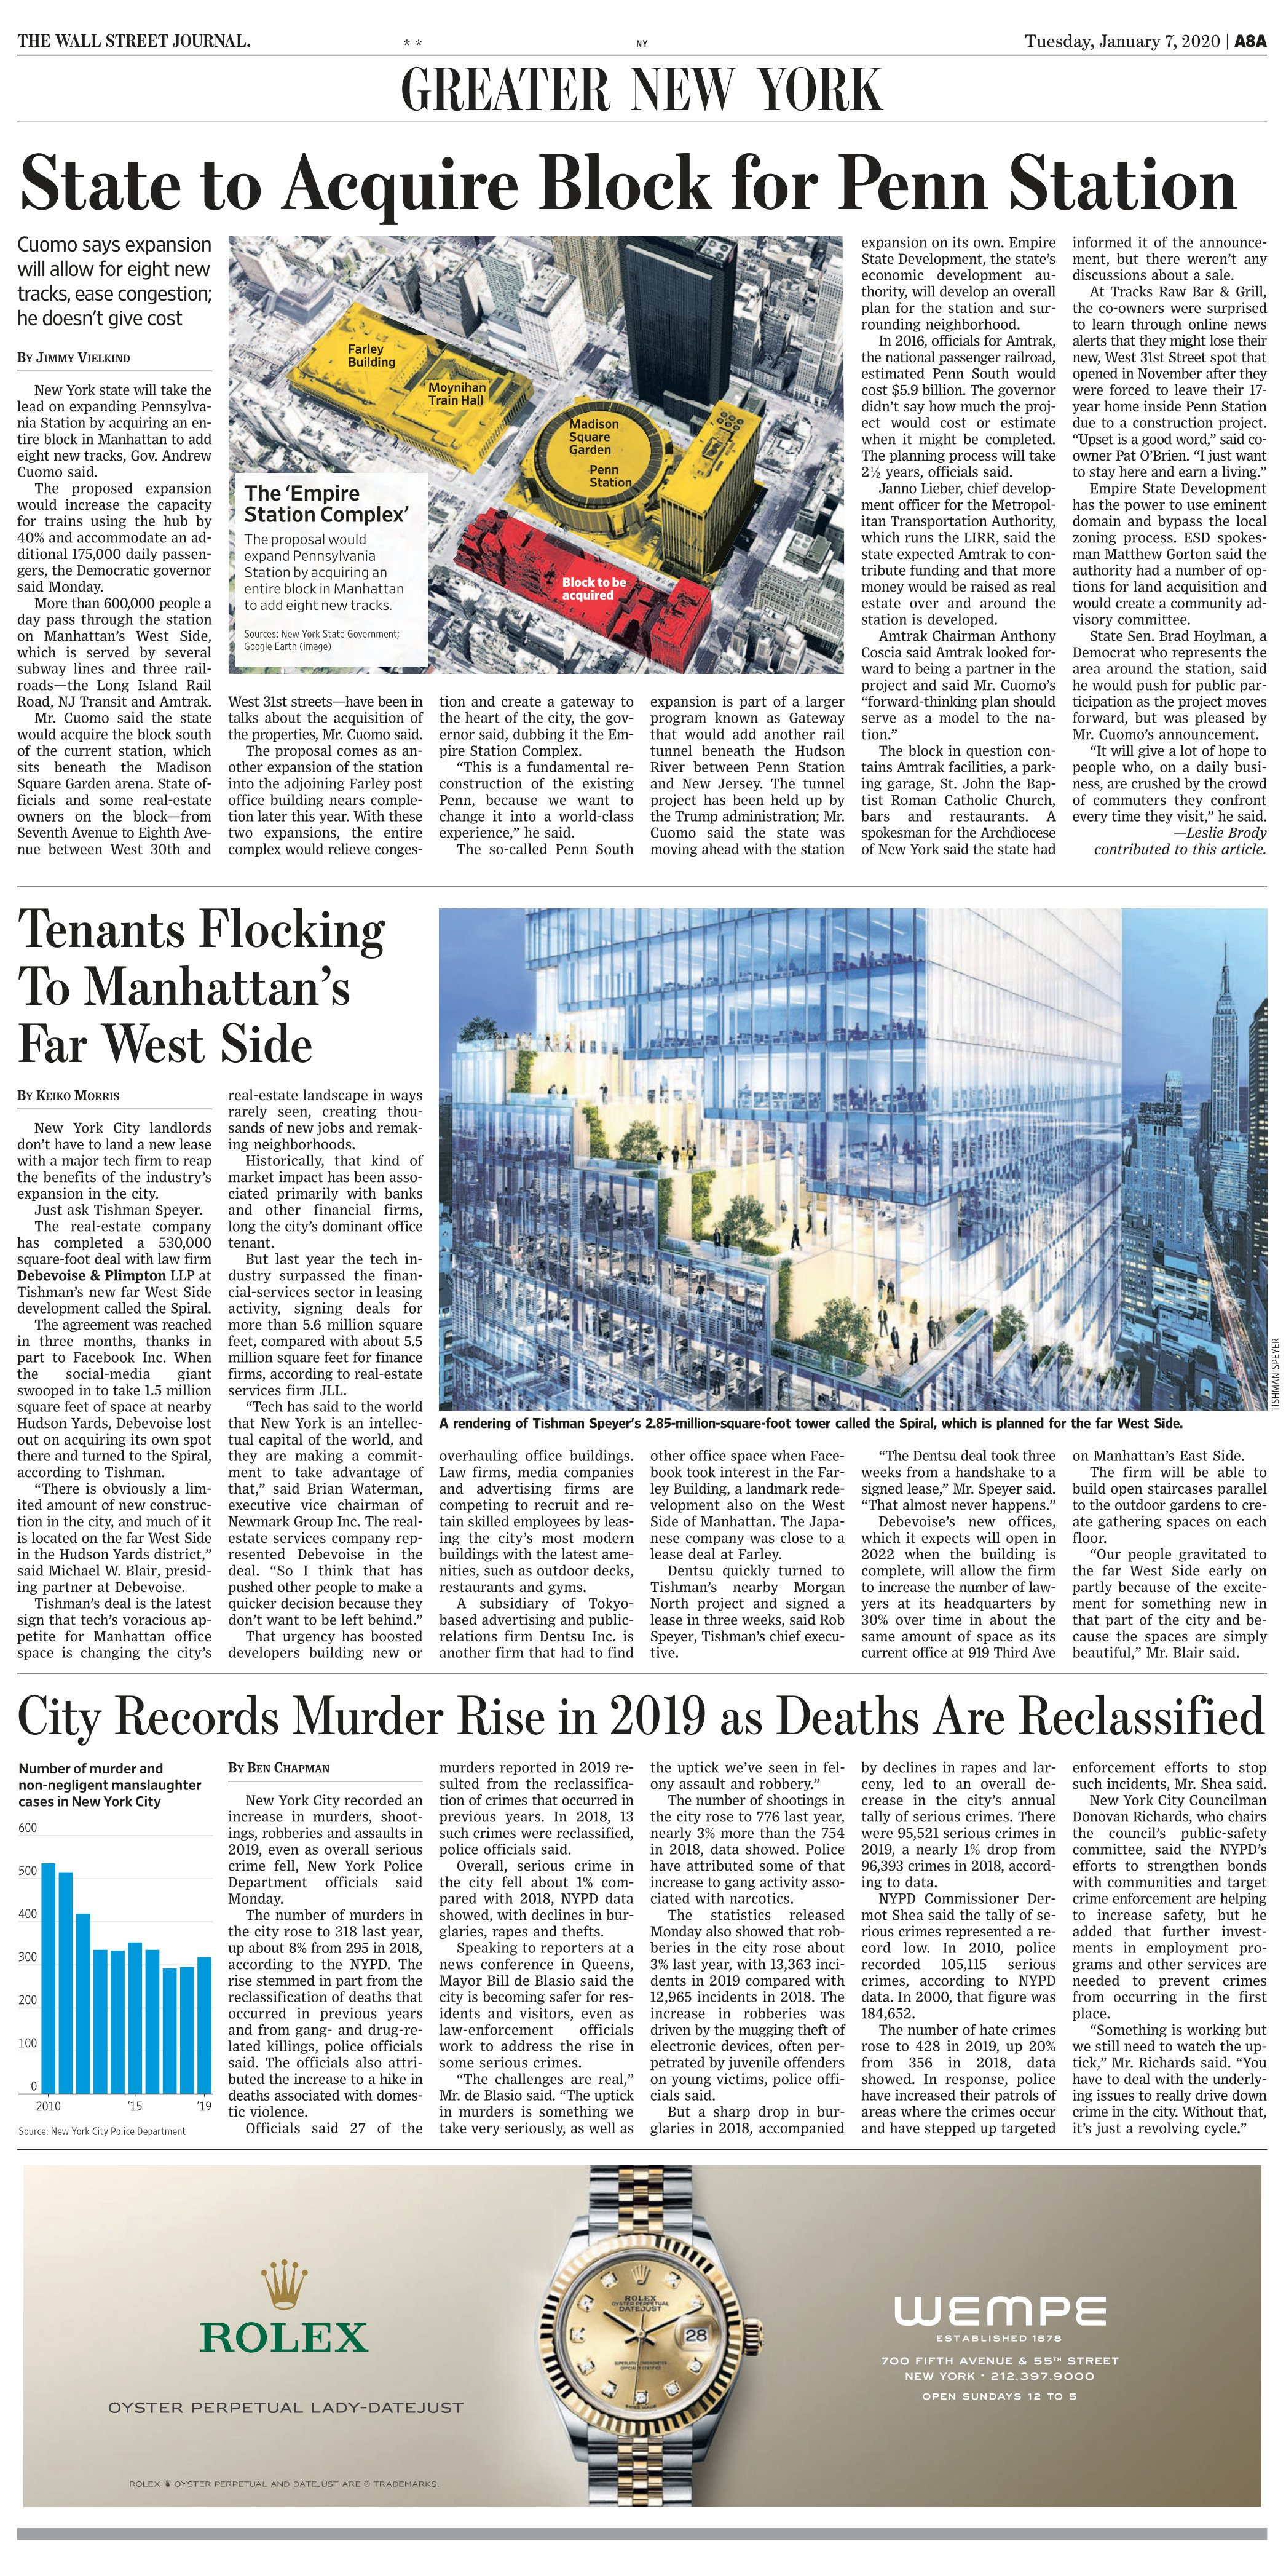
Language: en